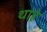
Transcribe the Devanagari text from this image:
थाहे